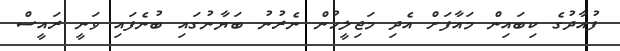
ފުއާދުގެ ކިބައިން މައާފަށް އެދި މަޖިލީހުން ނެރުނު ބަޔާނުގައި ބުނެފައި ވަނީ ރައީސް